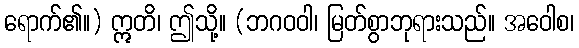
ရောက်၏။) ဣတိ၊ ဤသို့။ (ဘဂဝဝါ၊ မြတ်စွာဘုရားသည်။ အဝေါစ၊